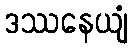
ဒဿနေယျံ